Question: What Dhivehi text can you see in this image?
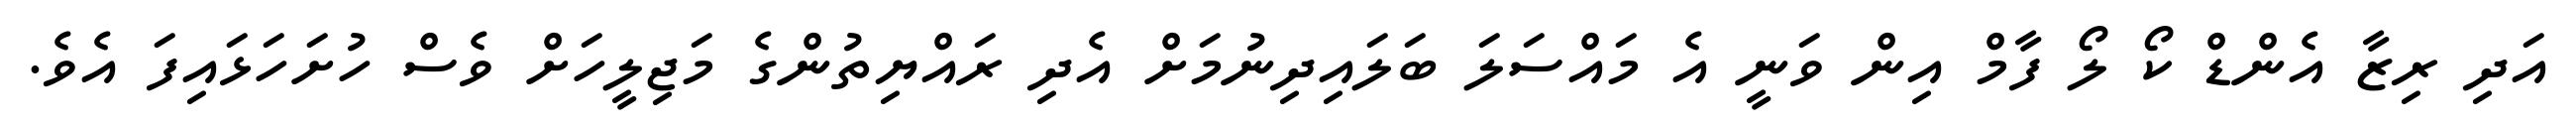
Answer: އަދި ރިޒާ އެންޑް ކޯ ލޯ ފާމް އިން ވަނީ އެ މައްސަލަ ބަލައިދިނުމަށް އެދި ރައްޔިތުންގެ މަޖިލީހަށް ވެސް ހުށަހަޅައިފަ އެވެ.